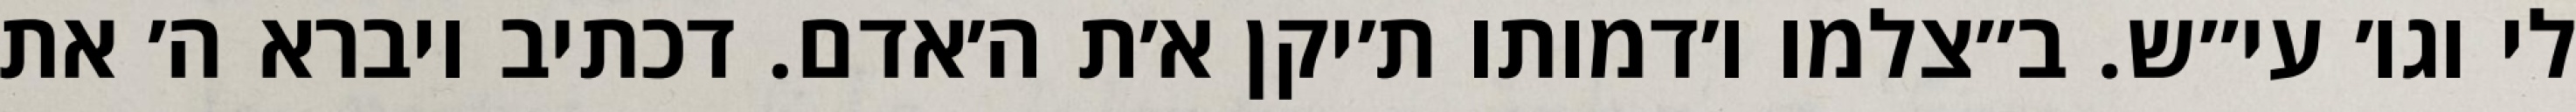
לי וגו׳ עי״ש. ב״צלמו ו׳דמותו ת׳יקן א׳ת ה׳אדם. דכתיב ויברא ה׳ את